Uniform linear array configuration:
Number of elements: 24
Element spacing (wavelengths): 0.25
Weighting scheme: exponential
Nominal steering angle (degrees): -30
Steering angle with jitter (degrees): -31.874
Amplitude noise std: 0.05
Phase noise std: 0.05

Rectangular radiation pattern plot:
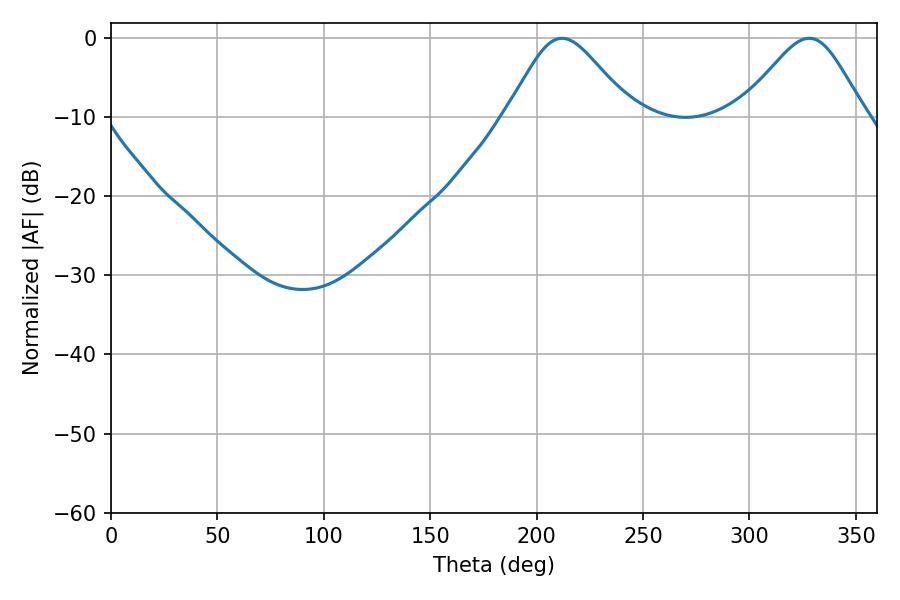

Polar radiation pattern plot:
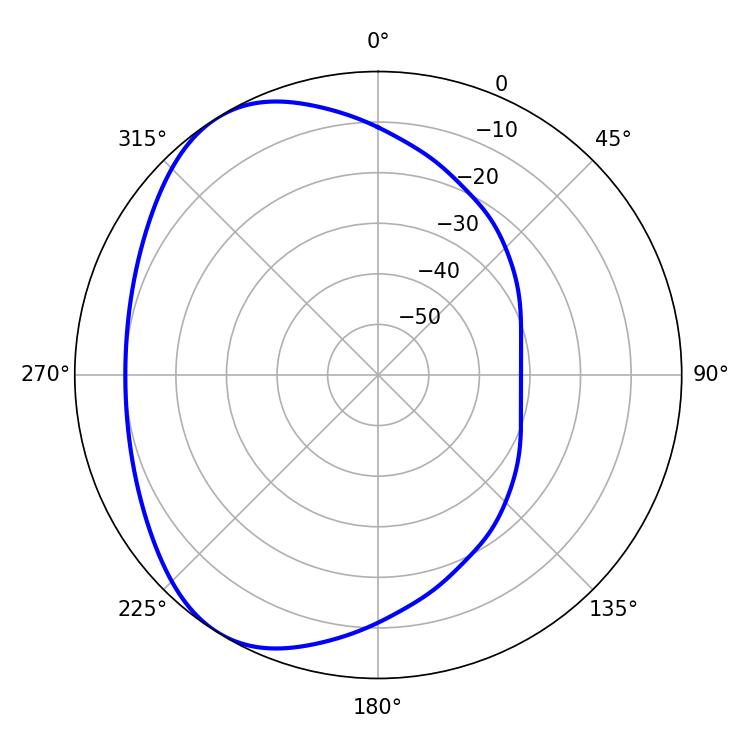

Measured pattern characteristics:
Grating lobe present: FALSE
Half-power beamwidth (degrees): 28.62
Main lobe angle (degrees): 211.86